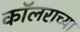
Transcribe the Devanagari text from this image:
कॉलराच्या